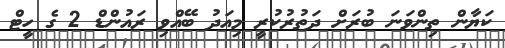
ކަޔާން ތިންވަނަ ބުރަށް ދަތުރުކުރީ މިއަދު ބޭއްވި ރައުންޑް 2 ގެ ހީޓް